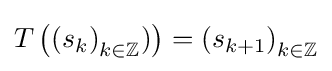
T\left(\left(s_{k}\right)_{k\in \mathbb {Z} })\right)=\left(s_{k+1}\right)_{k\in \mathbb {Z} }